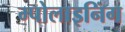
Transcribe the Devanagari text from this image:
म्पोलाइनिंग